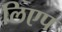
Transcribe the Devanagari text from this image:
लिएप